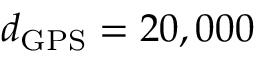
d _ { \mathrm { G P S } } = 2 0 , 0 0 0